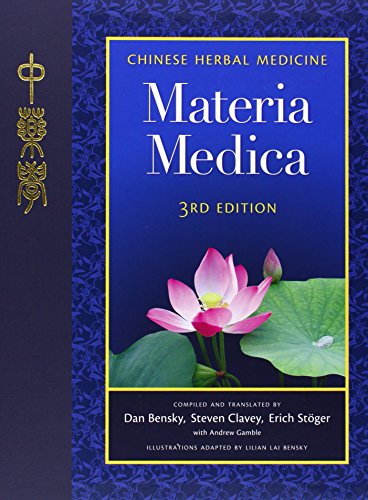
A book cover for Chinese Herbal Medicine: Materia Medica, Third Edition; Science & Math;